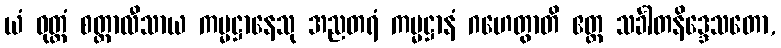
ယံ ဝုတ္တံ စတ္တာလီသာယ ကမ္မဋ္ဌာနေသု အညတရံ ကမ္မဋ္ဌာနံ ဂဟေတွာတိ ဧတ္ထ သင်္ခါတနိဒ္ဒေသတော,